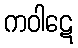
ကဝါဋေ